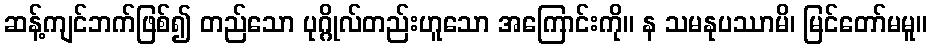
ဆန့်ကျင်ဘက်ဖြစ်၍ တည်သော ပုဂ္ဂိုလ်တည်းဟူသော အကြောင်းကို။ န သမနုပဿာမိ၊ မြင်တော်မမူ။